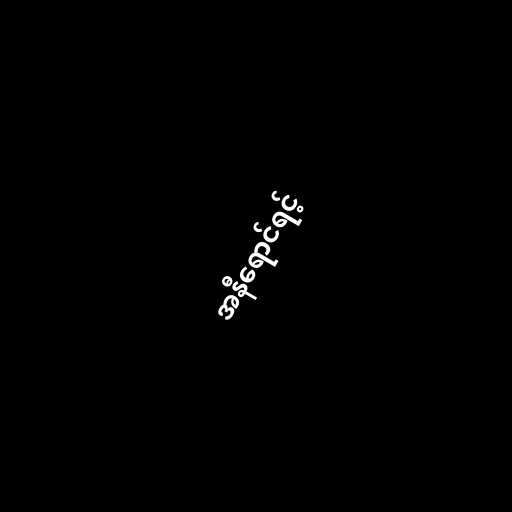
အနီရောင်ရင့်